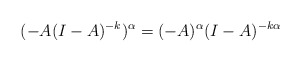
\begin{align*}(-A(I-A)^{-k})^{\alpha} = (-A)^{\alpha}(I-A)^{-k\alpha}\end{align*}